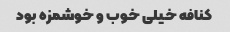
کنافه خیلی خوب و خوشمزه بود